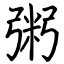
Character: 粥